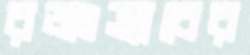
রজঃস্রাবের